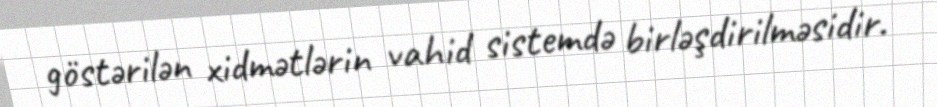
göstərilən xidmətlərin vahid sistemdə birləşdirilməsidir.